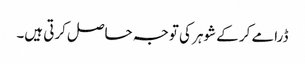
ڈرامے کر کے شوہر کی توجہ حاصل کرتی ہیں۔